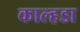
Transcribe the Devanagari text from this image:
काल्हडा